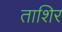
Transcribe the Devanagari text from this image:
ताशिर